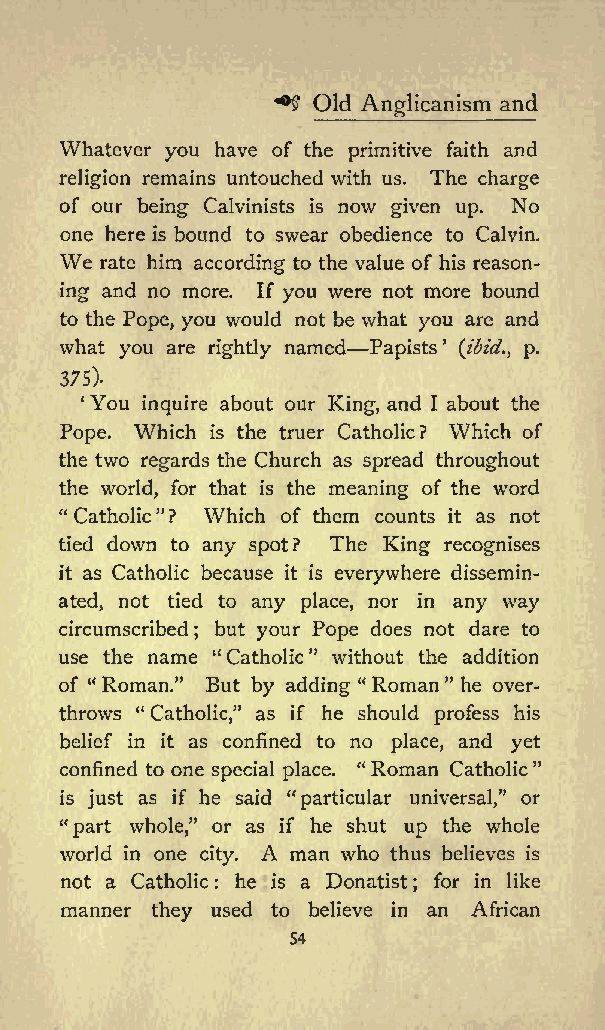
^
 Old         and
 Anglicanism
 Whatever you have of the primitive faith and
 religion remains untouched with us. The charge
 of our being Calvinists is now given up. No
 one here is bound to swear obedience to Calvin.
 We
 rate him according to the value of his reason
 ing and no more. If you were not more bound
 to the Pope, you would not be what you are and
 what you are rightly named Papists (ibid., p.
 375).
 You inquire about our King, and I about the
 Pope. Which is the truer Catholic? Which of
 the two regards the Church as spread throughout
 the world, for that is the meaning of the word
 &quot; Catholic&quot;? Which of them counts it as not
 tied down to any spot? The King recognises
 it as Catholic because it is everywhere dissemin
 ated, not tied to any place, nor in any way
 circumscribed but your Pope does not dare to
 ;
 use the name &quot; Catholic&quot; without the addition
 of &quot;Roman.&quot; But by adding &quot; Roman &quot; he over
 throws &quot; Catholic,&quot; as if he should profess his
 belief in it as confined to no place, and yet
 confined to one special place. &quot;Roman Catholic&quot;
 is just as if he said &quot;particular universal,&quot; or
 &quot;part whole,&quot; or as if he shut up the whole
 world in one city. A man who thus believes is
 not a Catholic : he is a Donatist ; for in like
 manner they used to believe in an African
 54